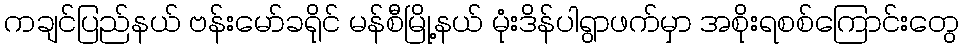
ကချင်ပြည်နယ် ဗန်းမော်ခရိုင် မန်စီမြို့နယ် မုံးဒိန်ပါရွာဖက်မှာ အစိုးရစစ်ကြောင်းတွေ